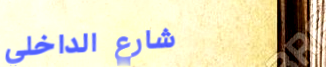
شارع الداخلي